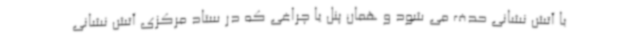
با آتش نشانی حدف می شود و همان پنل یا چراغی که در ستاد مرکزی آتش نشانی